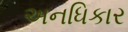
અનધિકાર